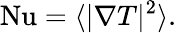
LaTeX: \mathrm{{Nu}}=\langle|\nabla T|^{2}\rangle.